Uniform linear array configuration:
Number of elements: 32
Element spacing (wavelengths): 0.75
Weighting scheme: blackman
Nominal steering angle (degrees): -30
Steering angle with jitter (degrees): -30.1
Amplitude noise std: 0.05
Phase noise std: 0.05

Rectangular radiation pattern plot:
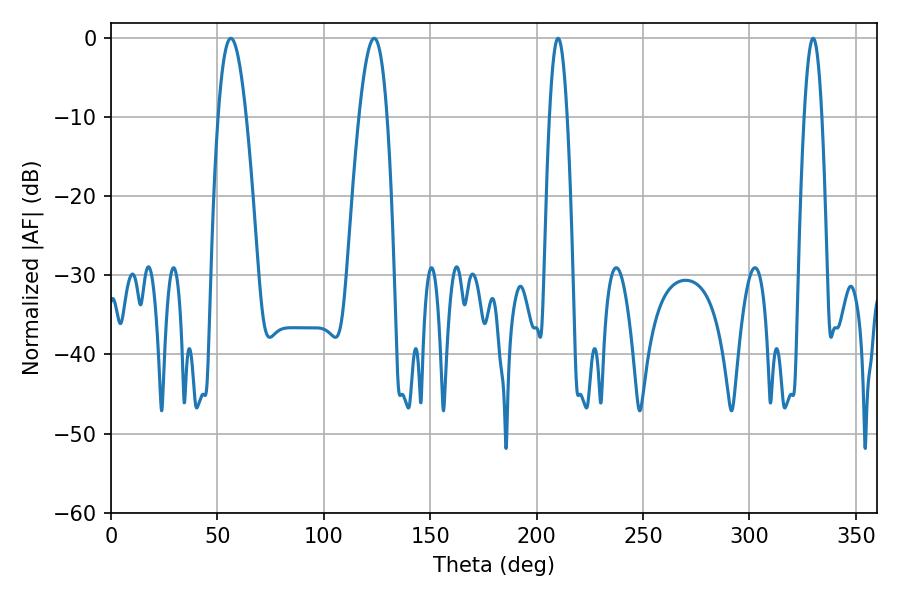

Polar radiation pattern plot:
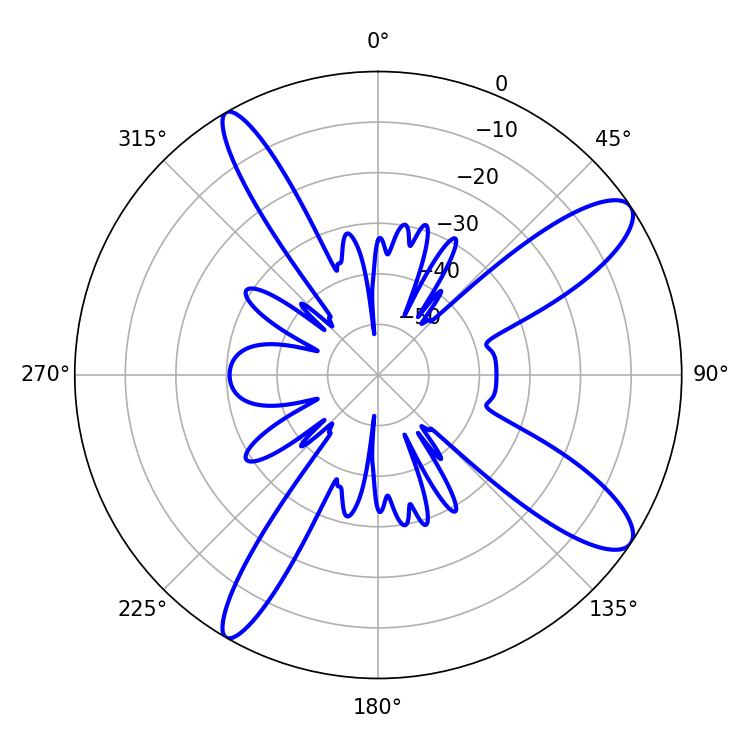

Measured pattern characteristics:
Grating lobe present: TRUE
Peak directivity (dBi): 11.536
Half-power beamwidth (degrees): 7.2
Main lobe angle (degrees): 56.34